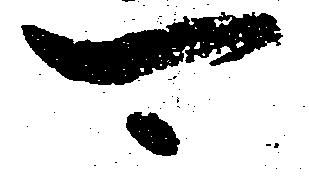
可